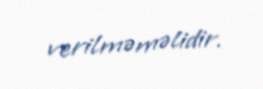
verilməməlidir.